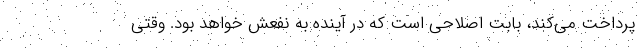
پرداخت می‌کند، بابت اصلاحی است که در آینده به نفعش خواهد بود. وقتی